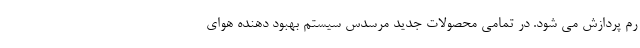
رم پردازش می شود. در تمامی محصولات جدید مرسدس سیستم بهبود دهنده هوای